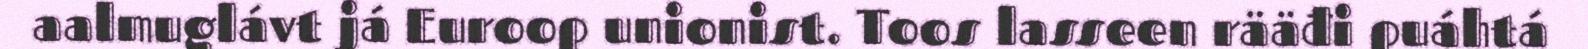
aalmuglávt já Euroop unionist. Toos lasseen rääđi puáhtá